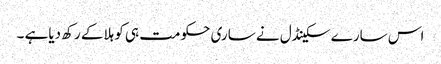
اس سارے سکینڈل نے ساری حکومت ہی کو ہلاکے رکھ دیاہے ۔